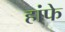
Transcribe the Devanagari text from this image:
हांफे